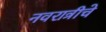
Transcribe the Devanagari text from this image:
नवरात्रीचे